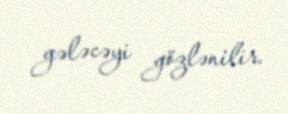
gələcəyi gözlənilir.